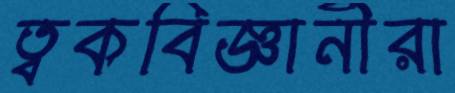
ত্বকবিজ্ঞানীরা